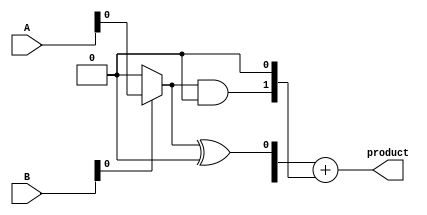
module Adaptive_Wallace_Tree_Multiplier #(parameter A_WIDTH = 8, parameter B_WIDTH = 8)(
    input [A_WIDTH-1:0] A,
    input [B_WIDTH-1:0] B,
    output [2*A_WIDTH-1:0] product
);

    // Step 1: Partial Product Generation
    wire [(A_WIDTH + B_WIDTH - 1):0] partial_prod[B_WIDTH-1:0];

    // Generate partial products depending on bits of B
    genvar i;
    generate
        for (i = 0; i < B_WIDTH; i = i + 1) begin: gen_partial_products
            assign partial_prod[i] = (B[i] == 1'b1) ? (A << i) : 0;
        end
    endgenerate

    // Step 2: Wallace Tree Compression using Carry-Save Adders
    wire [A_WIDTH + B_WIDTH - 1:0] sum [A_WIDTH + B_WIDTH - 1:0];
    wire [A_WIDTH + B_WIDTH - 1:0] carry [A_WIDTH + B_WIDTH - 1:0];
    wire [A_WIDTH + B_WIDTH - 1:0] s, c;

    // Initial stage of CSA - pairwise sum and carry of the partial products
    genvar j, k;
    
    generate
        for (j = 0; j < A_WIDTH + B_WIDTH; j = j + 2) begin: CSA_stage_1
            if (j == A_WIDTH + B_WIDTH - 1) begin
                assign sum[j] = partial_prod[j][A_WIDTH + B_WIDTH - 1 : 0];
                assign carry[j] = 0; // Last stage carries nothing as it's the end
            end
            else begin
                assign sum[j] = partial_prod[j] ^ partial_prod[j + 1];
                assign carry[j] = partial_prod[j] & partial_prod[j + 1];
            end
        end
    endgenerate

    // Repeat CSAs until we have reduced the count to two or three
    // This example contains two levels of CSA for simplicity
    
    // Step 3: Second level of CSA
    generate
        for (k = 0; k < (A_WIDTH + B_WIDTH)/2; k = k + 2) begin: CSA_stage_2
            assign s[k] = sum[k] ^ carry[k + 1];
            assign c[k] = sum[k] & carry[k + 1];
        end
    endgenerate

    // Final step: Carry Propagate Adder (CPA)
    wire [2*A_WIDTH:0] final_sum;
    
    assign final_sum = s + (c[0] << 1); // Assuming simple CPA for the final step

    // Step 4: Output Product
    assign product = final_sum;

endmodule